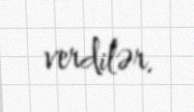
verdilər.